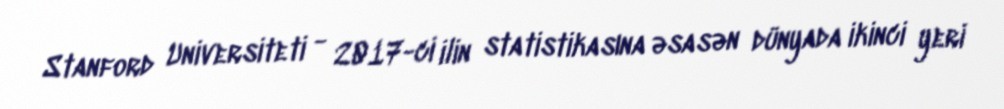
Stanford Universiteti - 2017-ci ilin statistikasına əsasən dünyada ikinci yeri